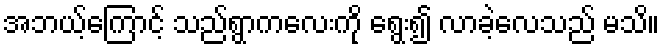
အဘယ့်ကြောင့် သည်ရွာကလေးကို ရွေး၍ လာခဲ့လေသည် မသိ။